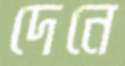
দেনে